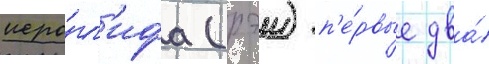
иеро́гл'ифа (рэи) п'е́рвые два́